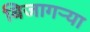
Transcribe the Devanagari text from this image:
बिजागर्‍या